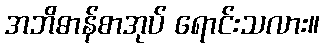
အဘိဓာန်စာအုပ် ရောင်းသလား။